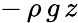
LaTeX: -\, \rho\, g\, z